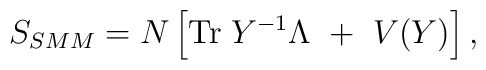
S_{SMM}=N\left[\mbox{Tr}\;Y^{-1}\Lambda~+~V(Y)\right],